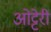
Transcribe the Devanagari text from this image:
ओट्टेरी